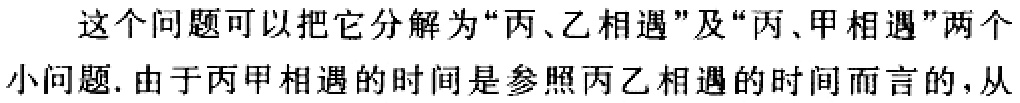
这个问题可以把它分解为“丙、乙相遇”及“丙、甲相遇”两个
小问题. 由于丙甲相遇的时间是参照丙乙相遇的时间而言的，从